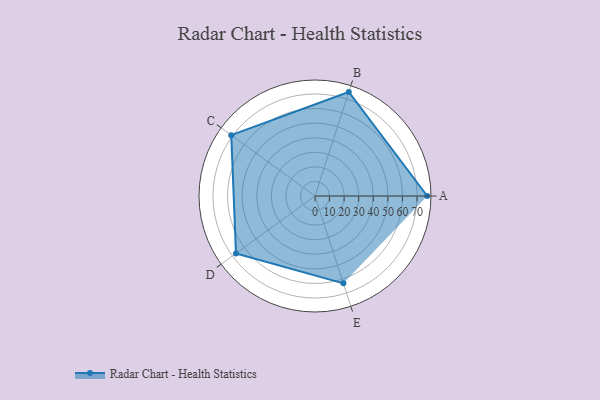
{"axis": {"x": "Skill", "y": "Score"}, "legend": ["Profile"], "data": [{"x": "A", "y": 77.0, "type": "Profile"}, {"x": "B", "y": 75.0, "type": "Profile"}, {"x": "C", "y": 71.0, "type": "Profile"}, {"x": "D", "y": 67.0, "type": "Profile"}, {"x": "E", "y": 63.0, "type": "Profile"}]}